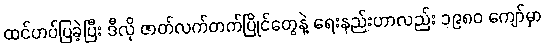
ထင်ဟပ်ပြခဲ့ပြီး ဒီလို ဇာတ်လက်တက်ပြိုင်တွေနဲ့ ရေးနည်းဟာလည်း ၁၉၈၀ ကျော်မှာ